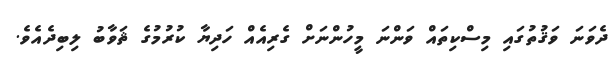
ދެވަނަ ވަޤުތުގައި މިސްކިތައް ވަންނަ މީހުންނަށް ގެރިއެއް ހަދިޔާ ކުރުމުގެ ޘަވާބު ލިބިދެއެވެ.